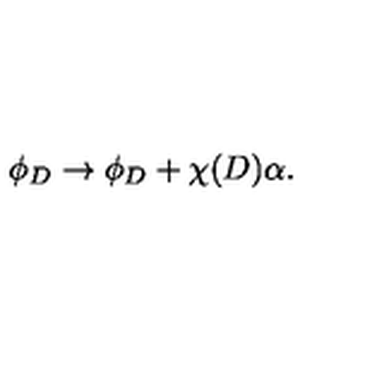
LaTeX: \phi _ { D } \rightarrow \phi _ { D } + \chi ( D ) \alpha .